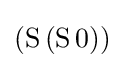
(\mathrm {S} \,(\mathrm {S} \,0))